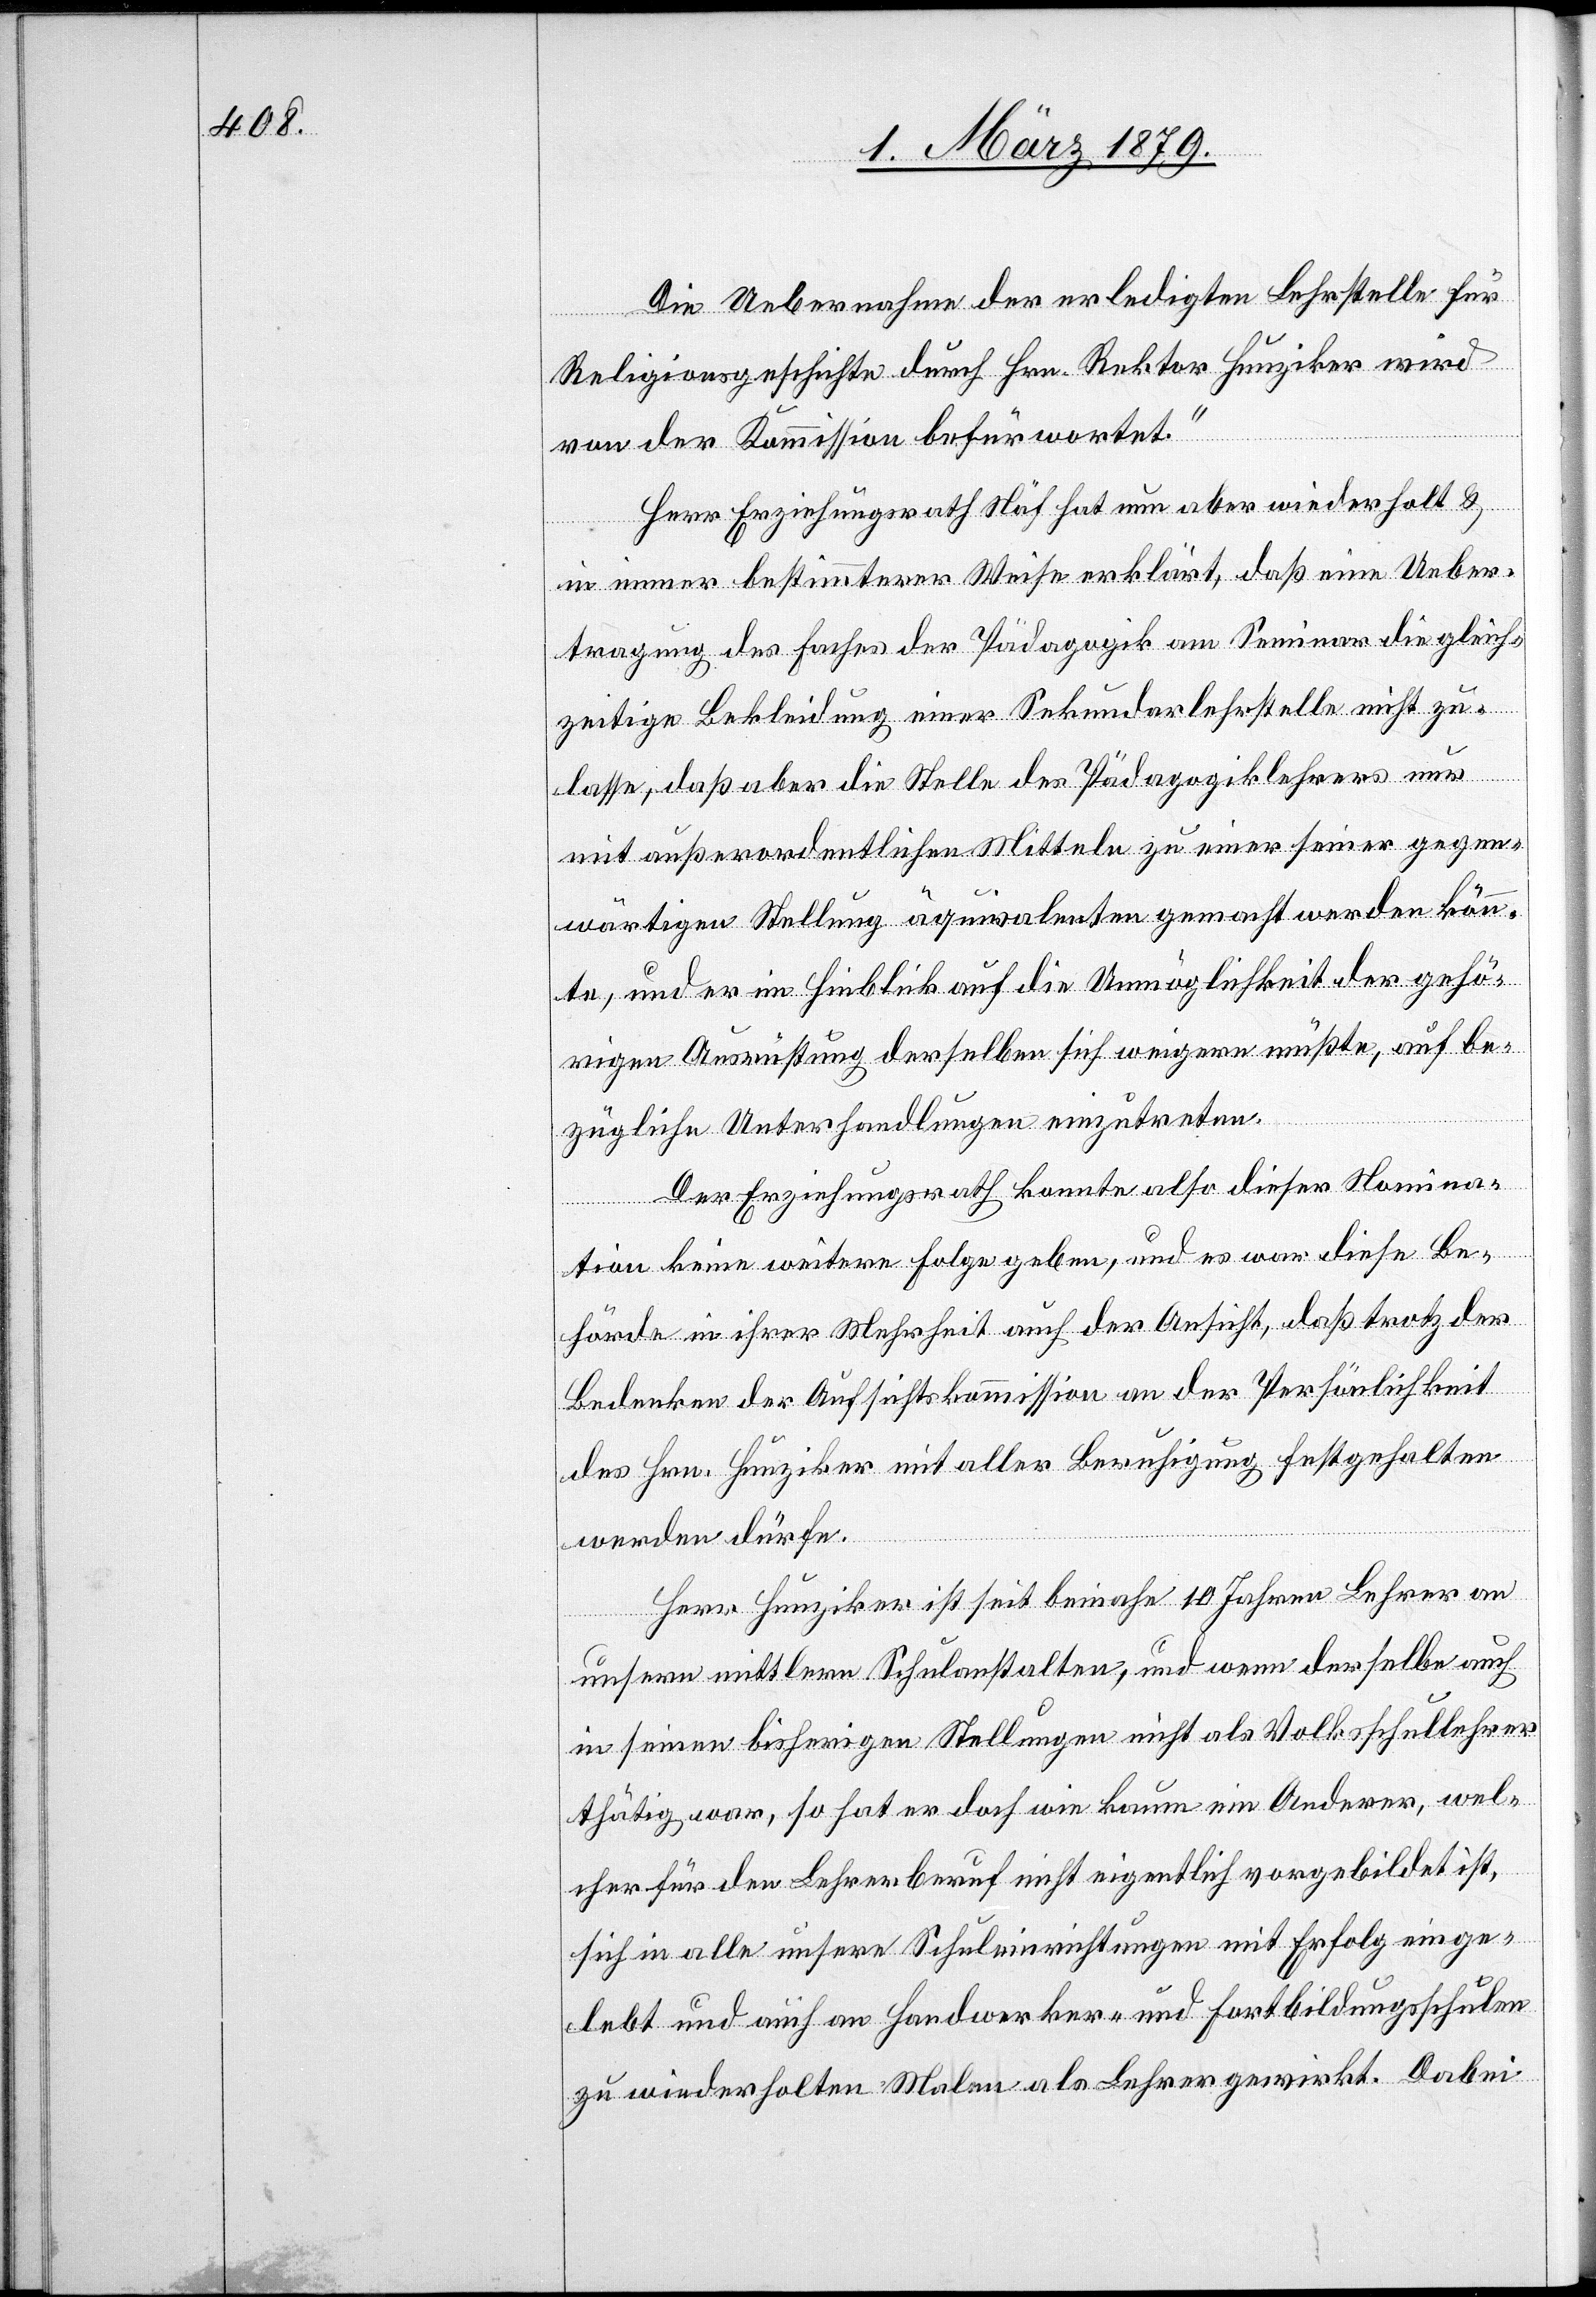
Die Uebernahme der erledigten Lehrstelle für
Religionsgeschichte durch Hrn. Rektor Hunziker wird
von der Kommission befürwortet.“
Herr Erziehungsrath Näf hat nun aber wiederholt &
in immer bestimmterer Weise erklärt, daß eine Ueber¬
tragung des Faches Pädagogik am Seminar die gleich¬
zeitige Bekleidung einer Sekundarlehrstelle nicht zu¬
lasse, daß aber die Stelle des Pädagogiklehrers nur
mit außerordentlichen Mitteln zu einer seiner gegen¬
wärtigen Stellung äquivalenten gemacht werden könn¬
te, und er im Hinblick auf die Unmöglichkeit der gehö¬
rigen Ausrüstung derselben sich weigern müßte, auf be¬
zügliche Unterhandlungen einzutreten.
Der Erziehungsrath konnte also dieser Nomina¬
tion keine weitere Folge geben, und es war diese Be¬
hörde in ihrer Mehrheit auch der Ansicht, daß trotz der
Bedenken der Aufsichtskommission an der Persönlichkeit
des Hrn. Hunziker mit aller Berechtigung festgehalten
werden dürfe.
Herr Hunziker ist seit beinahe 10 Jahren Lehrer an
unsern mittlern Schulanstalten, und wenn derselbe auch
in seinen bisherigen Stellungen nicht als Volksschullehrer
thätig war, so hat er doch wie kaum ein Anderer, wel¬
cher für den Lehrerberuf nicht eigentlich vorgebildet ist,
sich in alle unsere Schuleinrichtungen mit Erfolg einge¬
lebt und auch an Handwerker- und Fortbildungsschulen
zu wiederholten Malen als Lehrer gewirkt. Dabei